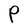
Character: P